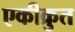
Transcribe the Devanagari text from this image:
एकीक्रुत